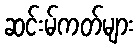
ဆင်းမ်ကတ်များ